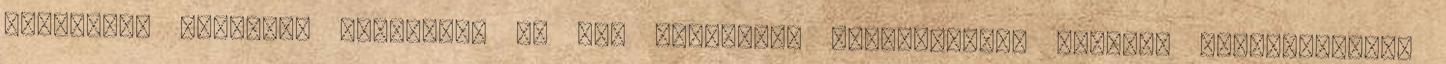
politikai egységgé alakuljon az EU, jelenlegi intézményeit azonban átláthatóbbá,